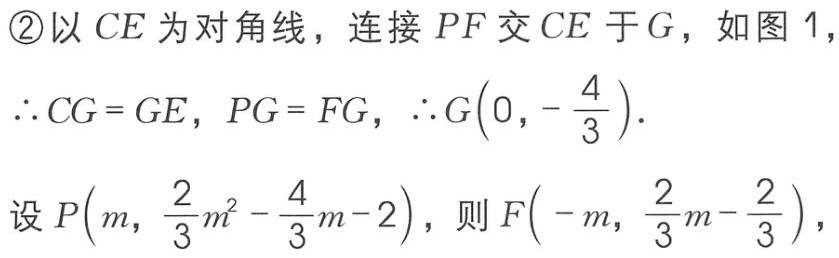
\textcircled{2}以 \(CE\) 为对角线，连接 \(PF\) 交 \(CE\) 于 \(G\)，如图 1，
\(\therefore CG = GE\)，\(PG = FG\)，\(\therefore G\left(0,-\frac{4}{3}\right)\)．
设 \(P\left(m,\frac{2}{3}m^{2}-\frac{4}{3}m - 2\right)\)，则 \(F\left(-m,\frac{2}{3}m-\frac{2}{3}\right)\)，